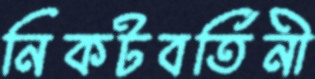
নিকটবর্তিনী